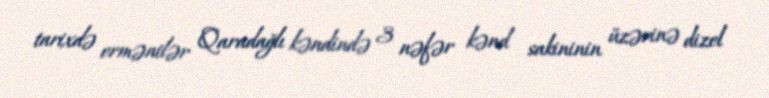
tarixdə ermənilər Qaradağlı kəndində 3 nəfər kənd sakininin üzərinə dizel